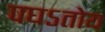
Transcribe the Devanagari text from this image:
पघऽतोय